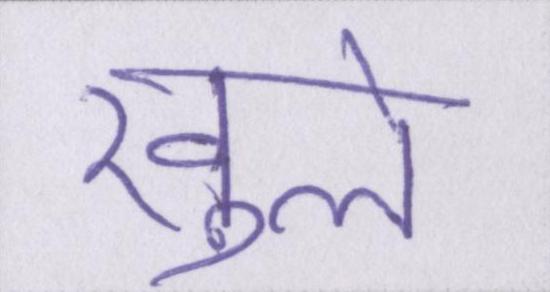
खुले